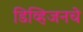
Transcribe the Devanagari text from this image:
डिव्हिजनचे